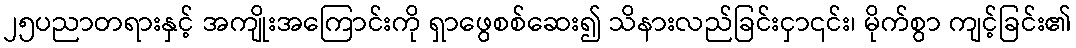
၂၅ပညာတရားနှင့် အကျိုးအကြောင်းကို ရှာဖွေစစ်ဆေး၍ သိနားလည်ခြင်းငှာ၎င်း၊ မိုက်စွာ ကျင့်ခြင်း၏